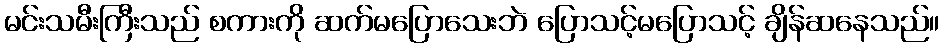
မင်းသမီးကြီးသည် စကားကို ဆက်မပြောသေးဘဲ ပြောသင့်မပြောသင့် ချိန်ဆနေသည်။